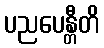
ပညပေန္တီတိ